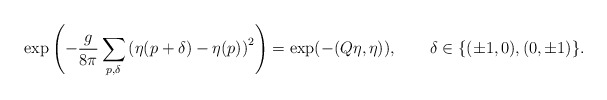
\begin{align*}\exp\left(-\frac{g}{8\pi}\sum_{p,\delta}\left(\eta(p+\delta)-\eta(p)\right)^2\right) =\exp(-(Q\eta,\eta)),\qquad \delta\in\{(\pm1,0),(0,\pm1)\}.\end{align*}